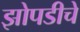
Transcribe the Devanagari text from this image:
झोपडीचे